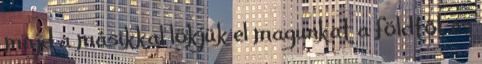
majd a másikkal lökjük el magunkat a földtől, és